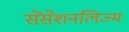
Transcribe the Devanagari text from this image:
सेंसेशनलिज्म